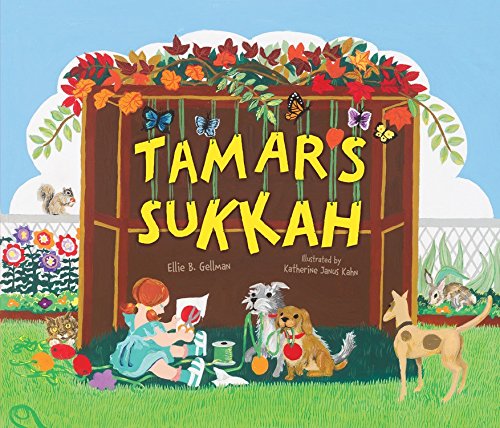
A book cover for Tamar's Sukkah; Ellie Gellman; Children's Books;